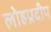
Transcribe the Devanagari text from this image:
लोहप्रदीप